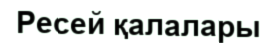
Ресей қалалары